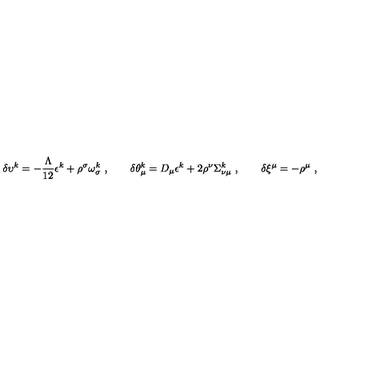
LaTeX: \delta \upsilon ^ { k } = - \frac { \Lambda } { 1 2 } \epsilon ^ { k } + \rho ^ { \sigma } \omega _ { \sigma } ^ { k } \ , \qquad \delta \theta _ { \mu } ^ { k } = D _ { \mu } \epsilon ^ { k } + 2 \rho ^ { \nu } \Sigma _ { \nu \mu } ^ { k } \ , \qquad \delta \xi ^ { \mu } = - \rho ^ { \mu } \ ,